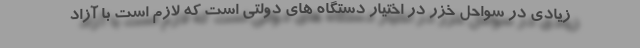
زیادی در سواحل خزر در اختیار دستگاه های دولتی است که لازم است با آزاد